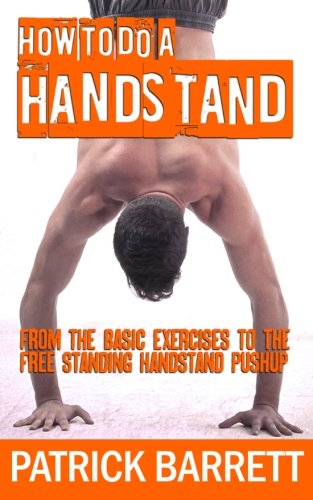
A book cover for How To Do A Handstand: From The Basic Exercises To The Free Standing Handstand Pushup; Patrick Barrett; Sports & Outdoors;